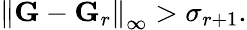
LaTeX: \left\lVert\mathbf{G}-\mathbf{G}_{r}\right\rVert_{\infty}>\sigma_{r+1}.